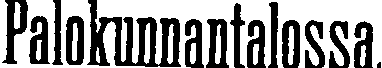
Palokunnantaossa.